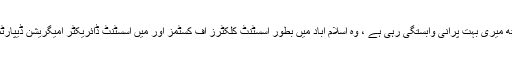
حسین شیرازی کے ساتھ میری بہت پرانی وابستگی رہی ہے ، وہ اسلام آباد میں بطور اسسٹنٹ کلکٹرز آف کسٹمز اور میں اسسٹنٹ ڈائریکٹر امیگریشن ڈیپارٹمنٹ تعینات کیا گیا تھا۔